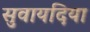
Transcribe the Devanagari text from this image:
सुवायदिया